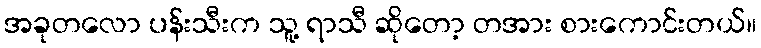
အခုတလော ပန်းသီးက သူ့ ရာသီ ဆိုတော့ တအား စားကောင်းတယ်။